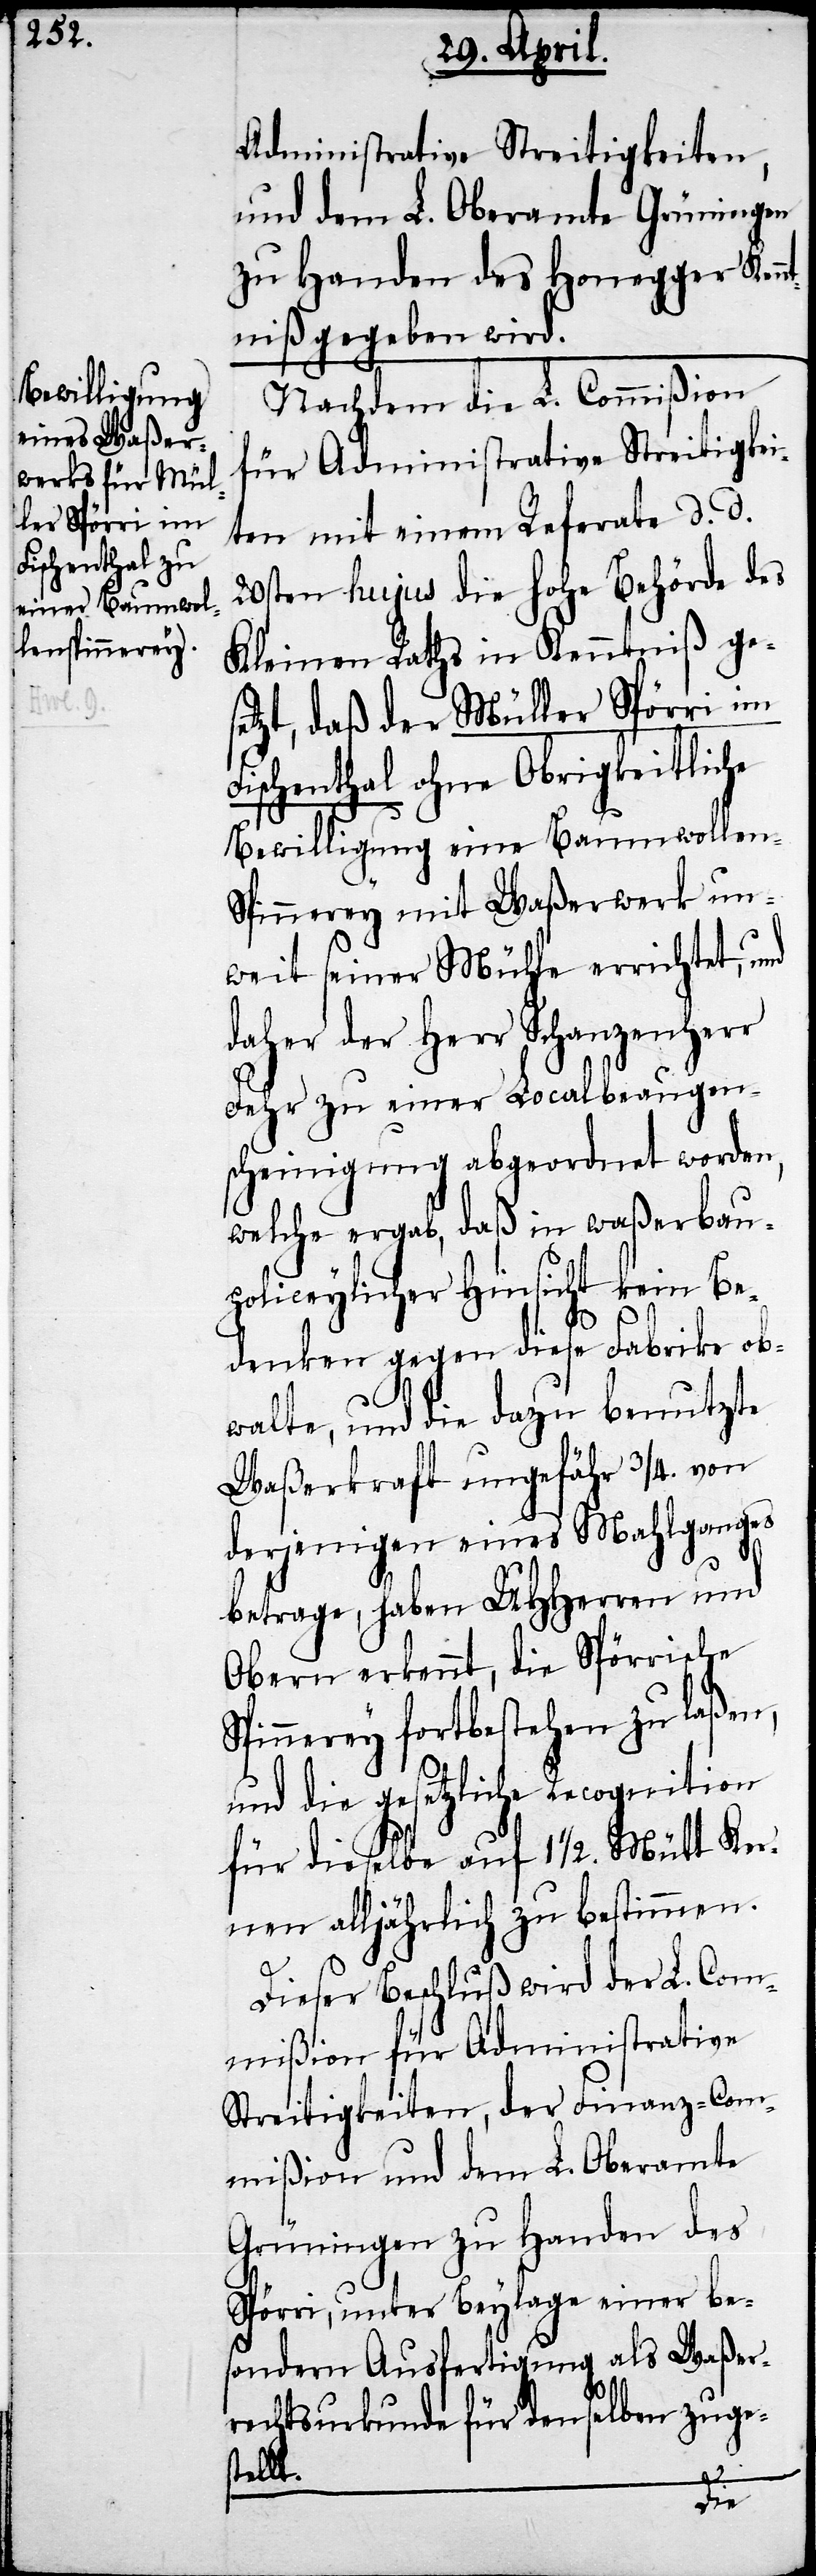
Administrative Streitigkeiten,
und dem L. Oberamte Grüningen
zu Handen des Honegger Kenn¬
tniß gegeben wird.
Nachdem die L. Commißion
für Administrative Streitigkei¬
ten mit einem Referate d. d.
20sten hujus die hohe Behörde des
Kleinen Raths in Kenntnis ge¬
setzt, daß der Müller Spörri im
Fischenthal ohne Obrigkeitliche
Bewilligung eine Baumwollen-S¬
pinnerey mit Waßerwerk un¬
weit seiner Mühle errichtet, und
daher der Herr Schanzenherr
Fehr zu einer Localbeaugen¬
scheinigung abgeordnet worden,
welche ergab, daß in waßerbau¬
policeylicher Hinsicht kein Be¬
denken gegen diese Fabrike ob¬
walte, und die dazu benutzte
Waßerkraft ungefähr ¾. von
derjenigen eines Mahlganges
betrage, haben UHHerren und
Obern erkennt, die Spörrische
Spinnerey fortbestehen zu laßen,
und die gesetzliche Recognition
für dieselbe auf 1 ½. Mütt Ker¬
nen alljährlich zu bestimmen.
Dieser Beschluß wird der L. Com¬
mißion für Administrative
Streitigkeiten, der Finanz-Com¬
mißion und dem L. Oberamte
Grüningen zu Handen des
Spörri, unter Beylage einer be¬
sondern Ausfertigung als Waßer¬
rechtsurkunde für denselben zuges¬
tellt.